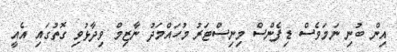
އިން ބުނި ނަމަވެސް ޑިފެންސް މިނިސްޓަރު މުހައްމަދު ނާޒިމް ވިދާޅުވި ގޮތުގައި އެއީ